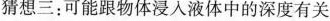
猜想三：可能跟物体浸入液体中的深度有关。